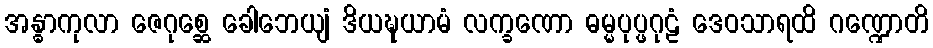
အန္ဓာကုလာ ဇေဂုစ္ဆေ ခေါဘေယျံ ဒိယဍ္ဎယာမံ လက္ခဏော ဓမ္မပုပ္ဖဂုဠံ ဒေဝသာရထိ ဂဏ္ဍောတိ